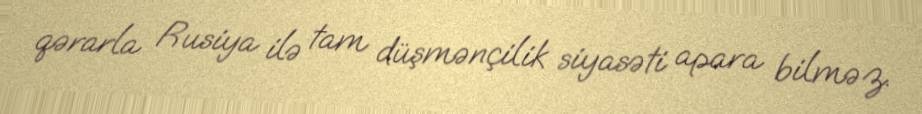
qərarla Rusiya ilə tam düşmənçilik siyasəti apara bilməz.